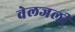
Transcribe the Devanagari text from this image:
वेलजली